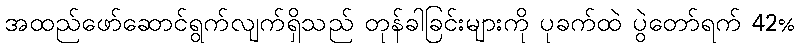
အထည်ဖော်ဆောင်ရွက်လျက်ရှိသည် တုန်ခါခြင်းများကို ပုခက်ထဲ ပွဲတော်ရက် 42%